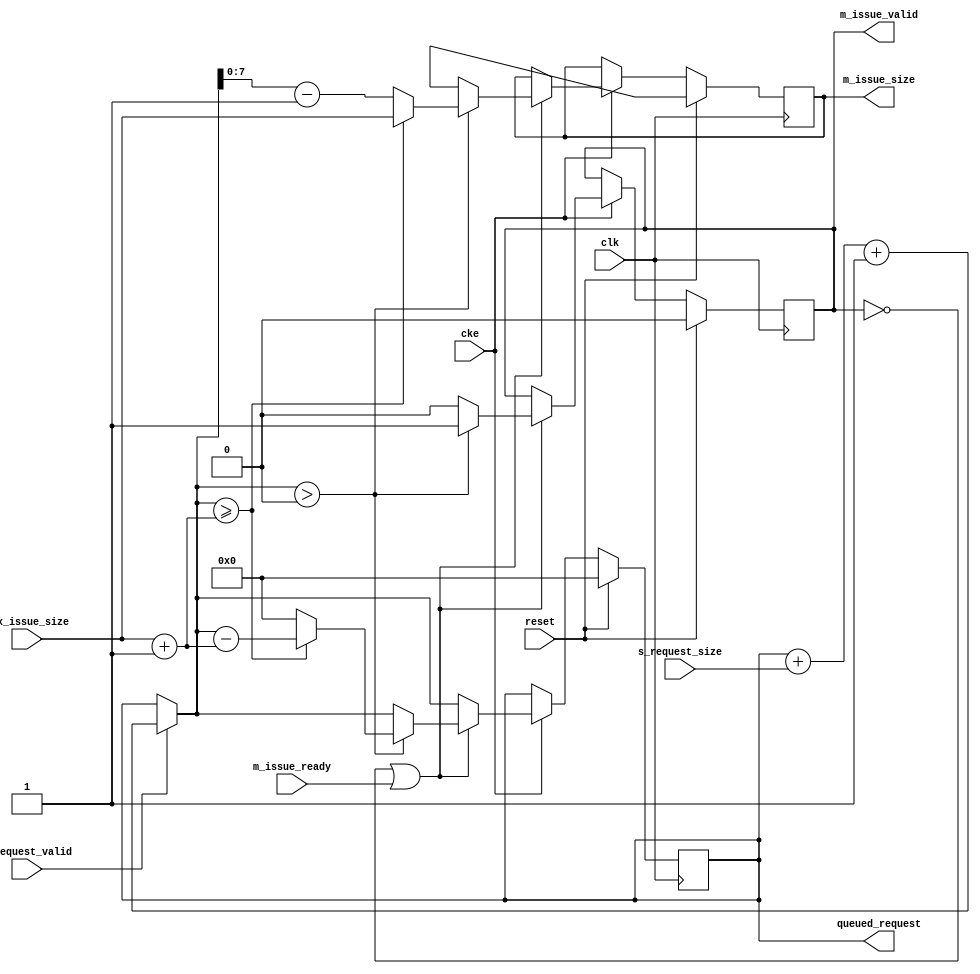
// This program was cloned from: https://github.com/ryuz/jelly
// License: MIT License

// ---------------------------------------------------------------------------
//  Jelly  -- The platform for real-time computing
//
//                                 Copyright (C) 2008-2020 by Ryuz
//                                 https://github.com/ryuz/jelly.git
// ---------------------------------------------------------------------------



`timescale 1ns / 1ps
`default_nettype none



// 
module jelly_capacity_size_limitter
        #(
            parameter   CAPACITY_WIDTH      = 32,
            parameter   REQUEST_WIDTH       = CAPACITY_WIDTH,
            parameter   ISSUE_WIDTH         = 8,
            parameter   REQUEST_SIZE_OFFSET = 1'b1,
            parameter   ISSUE_SIZE_OFFSET   = 1'b1
        )
        (
            input   wire                            reset,
            input   wire                            clk,
            input   wire                            cke,
            
            input   wire    [ISSUE_WIDTH-1:0]       max_issue_size,
            output  wire    [CAPACITY_WIDTH-1:0]    queued_request,
            
            input   wire    [REQUEST_WIDTH-1:0]     s_request_size,
            input   wire                            s_request_valid,
            
            output  wire    [ISSUE_WIDTH-1:0]       m_issue_size,
            output  wire                            m_issue_valid,
            input   wire                            m_issue_ready
        );
    
    wire                            ready = (!m_issue_valid || m_issue_ready);
    
    reg     [CAPACITY_WIDTH-1:0]    reg_queued_request, next_queued_request;
    reg     [ISSUE_WIDTH-1:0]       reg_issue_size,     next_issue_size;
    reg                             reg_issue_valid,    next_issue_valid;
    
    always @(posedge clk) begin
        if ( reset ) begin
            reg_queued_request <= {CAPACITY_WIDTH{1'b0}};
            reg_issue_size     <= {ISSUE_WIDTH{1'bx}};
            reg_issue_valid    <= 1'b0;
        end
        else if ( cke ) begin
            reg_queued_request <= next_queued_request;
            reg_issue_size     <= next_issue_size;
            reg_issue_valid    <= next_issue_valid;
        end
    end
    
    always @* begin
        next_queued_request = reg_queued_request;
        next_issue_size     = reg_issue_size;
        next_issue_valid    = reg_issue_valid;
        
        if ( s_request_valid ) begin
            next_queued_request = next_queued_request + s_request_size + REQUEST_SIZE_OFFSET;
        end
        
        if ( ready ) begin
            next_issue_size  = {ISSUE_WIDTH{1'bx}};
            next_issue_valid = 1'b0;
            if ( next_queued_request > 0 ) begin
                if ( next_queued_request >= ({1'b0, max_issue_size} + ISSUE_SIZE_OFFSET) ) begin
                    next_issue_size     = max_issue_size;
                    next_issue_valid    = 1'b1;
                    next_queued_request = next_queued_request - ({1'b0, max_issue_size} + ISSUE_SIZE_OFFSET);
                end
                else begin
                    next_issue_size     = next_queued_request - ISSUE_SIZE_OFFSET;
                    next_issue_valid    = 1'b1;
                    next_queued_request = {CAPACITY_WIDTH{1'b0}};
                end
            end
        end
        
    end
    
    assign queued_request = reg_queued_request;
    
    assign m_issue_size   = reg_issue_size;
    assign m_issue_valid  = reg_issue_valid;
    
endmodule


`default_nettype wire


// end of file